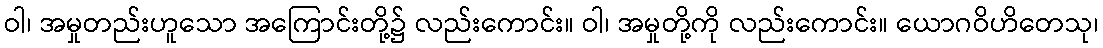
ဝါ၊ အမှုတည်းဟူသော အကြောင်းတို့၌ လည်းကောင်း။ ဝါ၊ အမှုတို့ကို လည်းကောင်း။ ယောဂဝိဟိတေသု၊